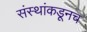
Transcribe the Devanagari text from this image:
संस्थांकडूनच